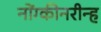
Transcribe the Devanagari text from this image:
नोंग्कीनरीन्ह